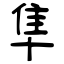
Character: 隼